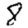
Digit: 8